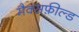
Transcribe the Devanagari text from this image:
मैक्सफ़ील्ड